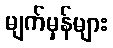
မျက်မှန်များ